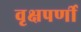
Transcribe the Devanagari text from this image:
वृक्षपर्णी